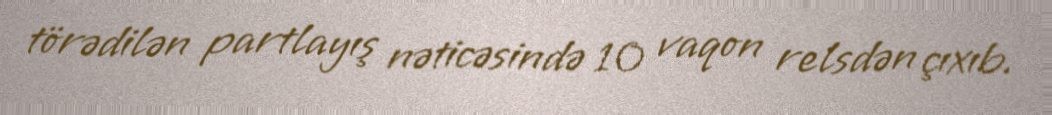
törədilən partlayış nəticəsində 10 vaqon relsdən çıxıb.